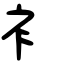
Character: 衤